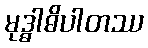
မုဒ္ဓါဓိပါတဿ